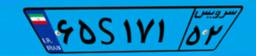
۴۵S۶۷۷۸۲